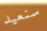
سنعيد